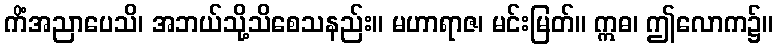
ကိံအညာပေသိ၊ အဘယ်သို့သိစေသနည်း။ မဟာရာဇ၊ မင်းမြတ်။ ဣဓ၊ ဤလောက၌။